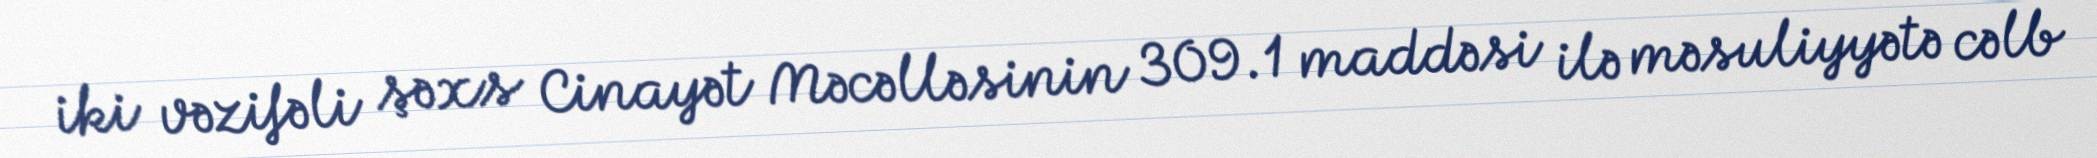
iki vəzifəli şəxs Cinayət Məcəlləsinin 309.1 maddəsi ilə məsuliyyətə cəlb